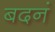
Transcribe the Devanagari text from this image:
बदनं